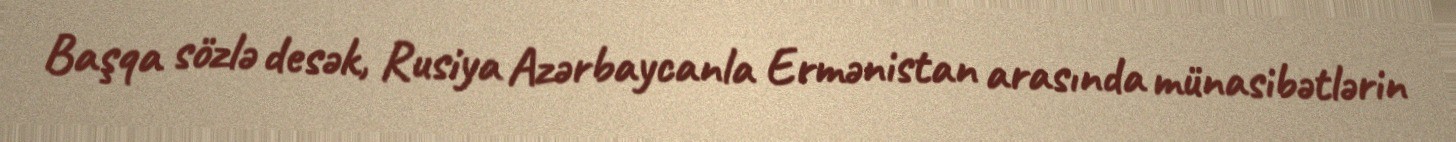
Başqa sözlə desək, Rusiya Azərbaycanla Ermənistan arasında münasibətlərin